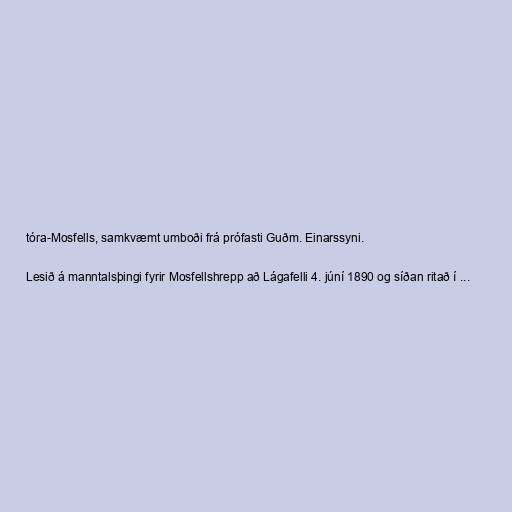
tóra-Mosfells, samkvæmt umboði frá prófasti Guðm. Einarssyni.

Lesið á manntalsþingi fyrir Mosfellshrepp að Lágafelli 4. júní 1890 og síðan ritað í ...